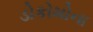
ડોકોમોના